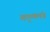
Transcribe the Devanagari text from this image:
कृष्णमंत्र